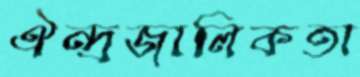
ঐন্দ্রজালিকতা